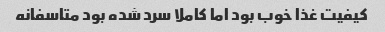
کیفیت غذا خوب بود اما کاملا سرد شده بود متاسفانه